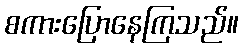
စကားပြောနေကြသည်။